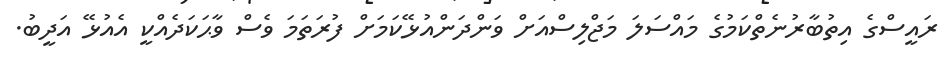
ރައީސްގެ އިތުބާރުނެތްކަމުގެ މައްސަލަ މަޖްލިސްއަށް ވަންދަންއުޅޭކަމަށް ފުރަތަމަ ވެސް ވާޙަކަދެއްކީ އެއުޅޭ އަދީބު.